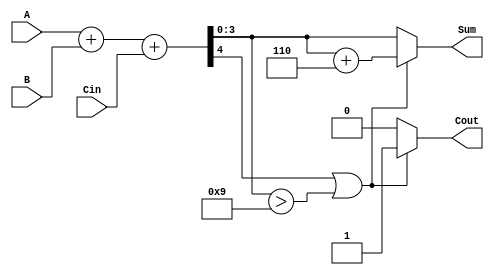
module BCD_Hybrid_Adder (
    input  [3:0] A,      // First BCD digit
    input  [3:0] B,      // Second BCD digit
    input        Cin,     // Carry input
    output reg [3:0] Sum, // BCD sum output
    output reg Cout       // Carry output
);

    wire [4:0] binary_sum; // 5-bit to hold the binary sum
    wire correction_needed; // Flag for BCD correction

    // Step 1: Binary addition of A, B, and Cin
    assign binary_sum = A + B + Cin;

    // Step 2: Check if correction is needed (if binary sum exceeds 9)
    assign correction_needed = (binary_sum[4] || (binary_sum[3:0] > 4'b1001));

    // Step 3: Compute the final BCD sum
    always @(*) begin
        if (correction_needed) begin
            Sum = binary_sum[3:0] + 4'b0110; // Add 6 for correction
            Cout = 1; // Set carry out
        end else begin
            Sum = binary_sum[3:0]; // No correction needed
            Cout = 0; // No carry out
        end
    end

endmodule